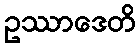
ဥဿာဒေတိ